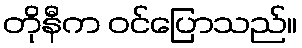
တိုနီက ဝင်ပြောသည်။